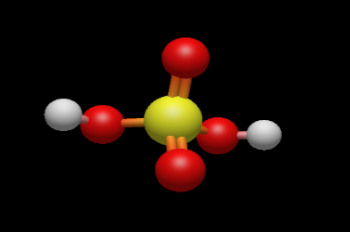
avogadro, ball and sticks